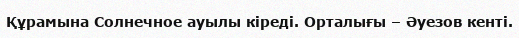
Құрамына Солнечное ауылы кіреді. Орталығы – Әуезов кенті.